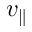
v _ { \parallel }